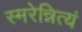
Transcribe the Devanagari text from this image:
स्मरेन्नित्यं